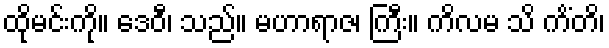
ထိုမင်းကို။ ဒေဝီ၊ သည်။ မဟာရာဇ၊ ကြီး။ ကိလမ သိ ကိံတိ၊